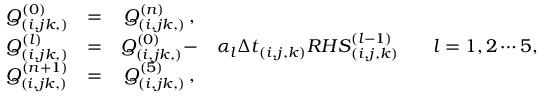
\begin{array} { c c c c c } { Q _ { ( i , j k , ) } ^ { ( 0 ) } } & { = } & { Q _ { ( i , j k , ) } ^ { ( n ) } \, \mathrm { , } } & & \\ { Q _ { ( i , j k , ) } ^ { ( l ) } } & { = } & { Q _ { ( i , j k , ) } ^ { ( 0 ) } - } & { \alpha _ { l } { \Delta t } _ { ( i , j , k ) } { R H S } _ { ( i , j , k ) } ^ { ( l - 1 ) } \, } & { \, \, \, \, l = 1 , 2 \cdots 5 , } \\ { Q _ { ( i , j k , ) } ^ { ( n + 1 ) } } & { = } & { Q _ { ( i , j k , ) } ^ { ( 5 ) } \, \mathrm { , } } & & \end{array}